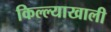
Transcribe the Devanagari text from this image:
किल्ल्याखाली